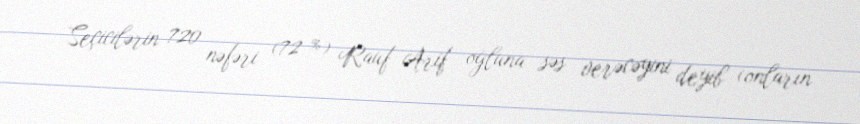
Seçicilərin 720 nəfəri (72 %) Rauf Arif oğluna səs verəcəyini deyib (onların